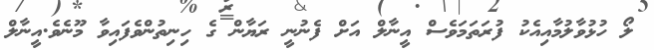
ލޯ ހުޅުވާލުމާއިއެކު ފުރަތަމަވެސް އީނާލް އަށް ފެނުނީ ރަޔާން ގެ ހިނިތުންވެފައިވާ މޫނެވެ.އީނާލް